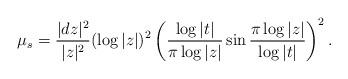
LaTeX: \begin{align*}\mu_s=\frac{|dz|^2}{|z|^2}(\log|z|)^2\left(\frac{\log|t|}{\pi\log|z|}\sin\frac{\pi\log|z|}{\log|t|}\right)^2.\end{align*}